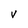
Character: V